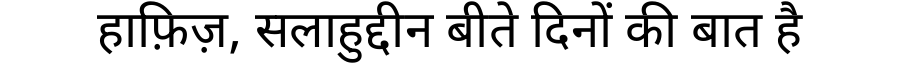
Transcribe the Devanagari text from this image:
हाफ़िज़, सलाहुद्दीन बीते दिनों की बात है